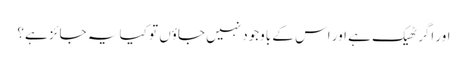
اور اگر ٹھیک ہے اور اس کے باوجود نہیں جاؤں تو کیا یہ جائز ہے؟